system: You are a helpful assistant.
user:
Analyze the provided spectrum to determine if it is a **M-type Giant (gM)**.

A M-type Giant spectrum is defined by its **strong molecular absorption** features, particularly from **Titanium Oxide (TiO)**. You must check for one of the following mutually exclusive signatures:

- **Key Visual Indicators (Absorption-Dominated Spectrum):**

    - **(Primary):** The spectrum is dominated by strong molecular absorption from **Titanium Oxide (TiO)**. This is the **defining feature** of its M-type temperature class.
        - **(Key Bandheads):** Look for sharp, "saw-tooth" absorption valleys. The strongest are located near **~7050 Å**, **~6160 Å**, and **~5170 Å**.
        - **(Line Profile):** The "saw-tooth" morphology is critical: a **sharp, steep drop on the BLUE (short-wavelength) side** of the bandhead, followed by a gradual recovery (rising flux) towards the RED (long-wavelength) side.

    - **(Key Confirmation - Giant vs. Dwarf):** **ABSENCE** of strong **Calcium Hydride (CaH)** molecular bands. This is the primary diagnostic for *excluding* M-dwarfs.
        - **(Key Region):** The spectrum should lack the strong, broad absorption band seen in dwarfs between **~6800 Å and ~7000 Å**.

    - **(Secondary Confirmation - Giant):** A very strong and broad **Neutral Calcium (Ca I)** atomic absorption line.
        - **(Key Line):** Located at **~4226 Å**. In a giant (gM), this line is significantly deeper and broader than the same line in an M-dwarf (dM) due to low surface gravity.

    - **(Overall Spectrum):**
        - The continuum is **extremely red-sloping** (i.e., flux is very low in the blue and rises dramatically towards the red).
        - The entire spectrum appears "chopped up" by the deep TiO bands.

Think first, call **spectral_visualization_tool** if needed to examine features in detail, then provide your final answer. Your response must adhere to the following strict rules:
1.  **Overall Structure:** Your response must follow the format `<think>...</think> <tool_call>...</tool_call> (if a tool is used) <answer>...</answer>`.
2.  **Tool Usage Constraint:** You may only make **one** tool call per turn.
3.  **Final Answer Format:** In the `<answer>` tag, your conclusion must be inside a `\boxed{}` command (e.g., `\boxed{YES}` or `\boxed{NO}`), followed by your justification.

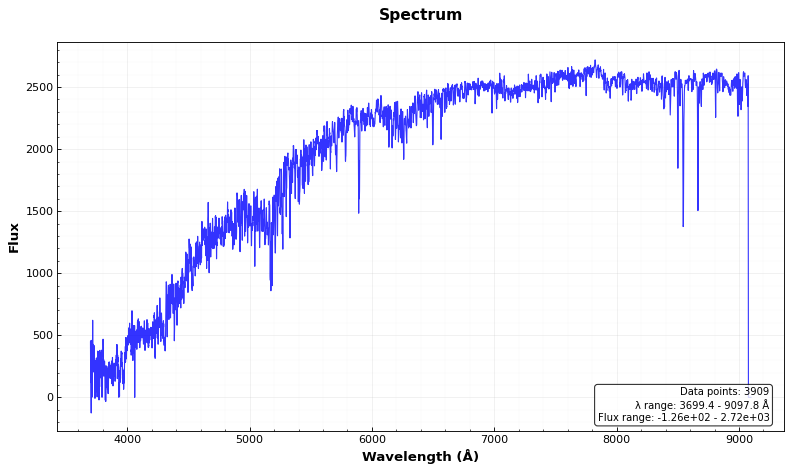
Answer: NO